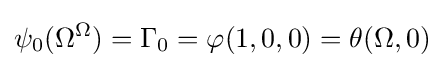
\psi _{0}(\Omega ^{\Omega })=\Gamma _{0}=\varphi (1,0,0)=\theta (\Omega ,0)